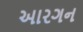
આરગન